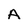
Character: A